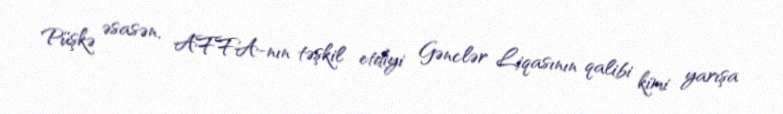
Püşkə əsasən, AFFA-nın təşkil etdiyi Gənclər Liqasının qalibi kimi yarışa